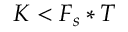
K < F _ { s } * T